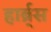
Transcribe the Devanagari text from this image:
हार्ब्र्स